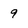
Character: 9